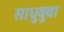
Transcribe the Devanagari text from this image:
साधुबुवा